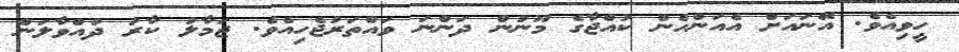
ހީވިއެވެ. އޭނައަށް އެއަންހެން ކުއްޖާގެ މޫނުން ދަންނަ ވައްތަރުޖެހިއެވެ. ޖަމާލު ކާރު ދުއްވާލަން